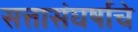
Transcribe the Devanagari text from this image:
सत्तासंघर्षाचे